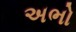
અભો